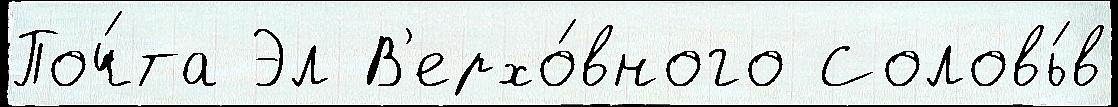
Поч́та Эл В'ерхо́вного Соловь́в